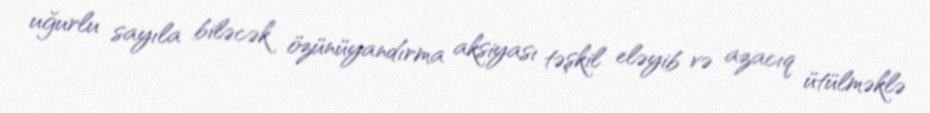
uğurlu sayıla biləcək özünüyandırma aksiyası təşkil eləyib və azacıq ütülməklə